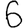
Digit: 6